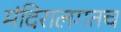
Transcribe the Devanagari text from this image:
मंदिरालगतच